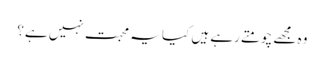
وہ مجھے چومتے رہے ہیں کیا یہ محبت نہیں ہے؟